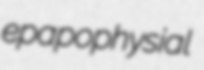
epapophysial